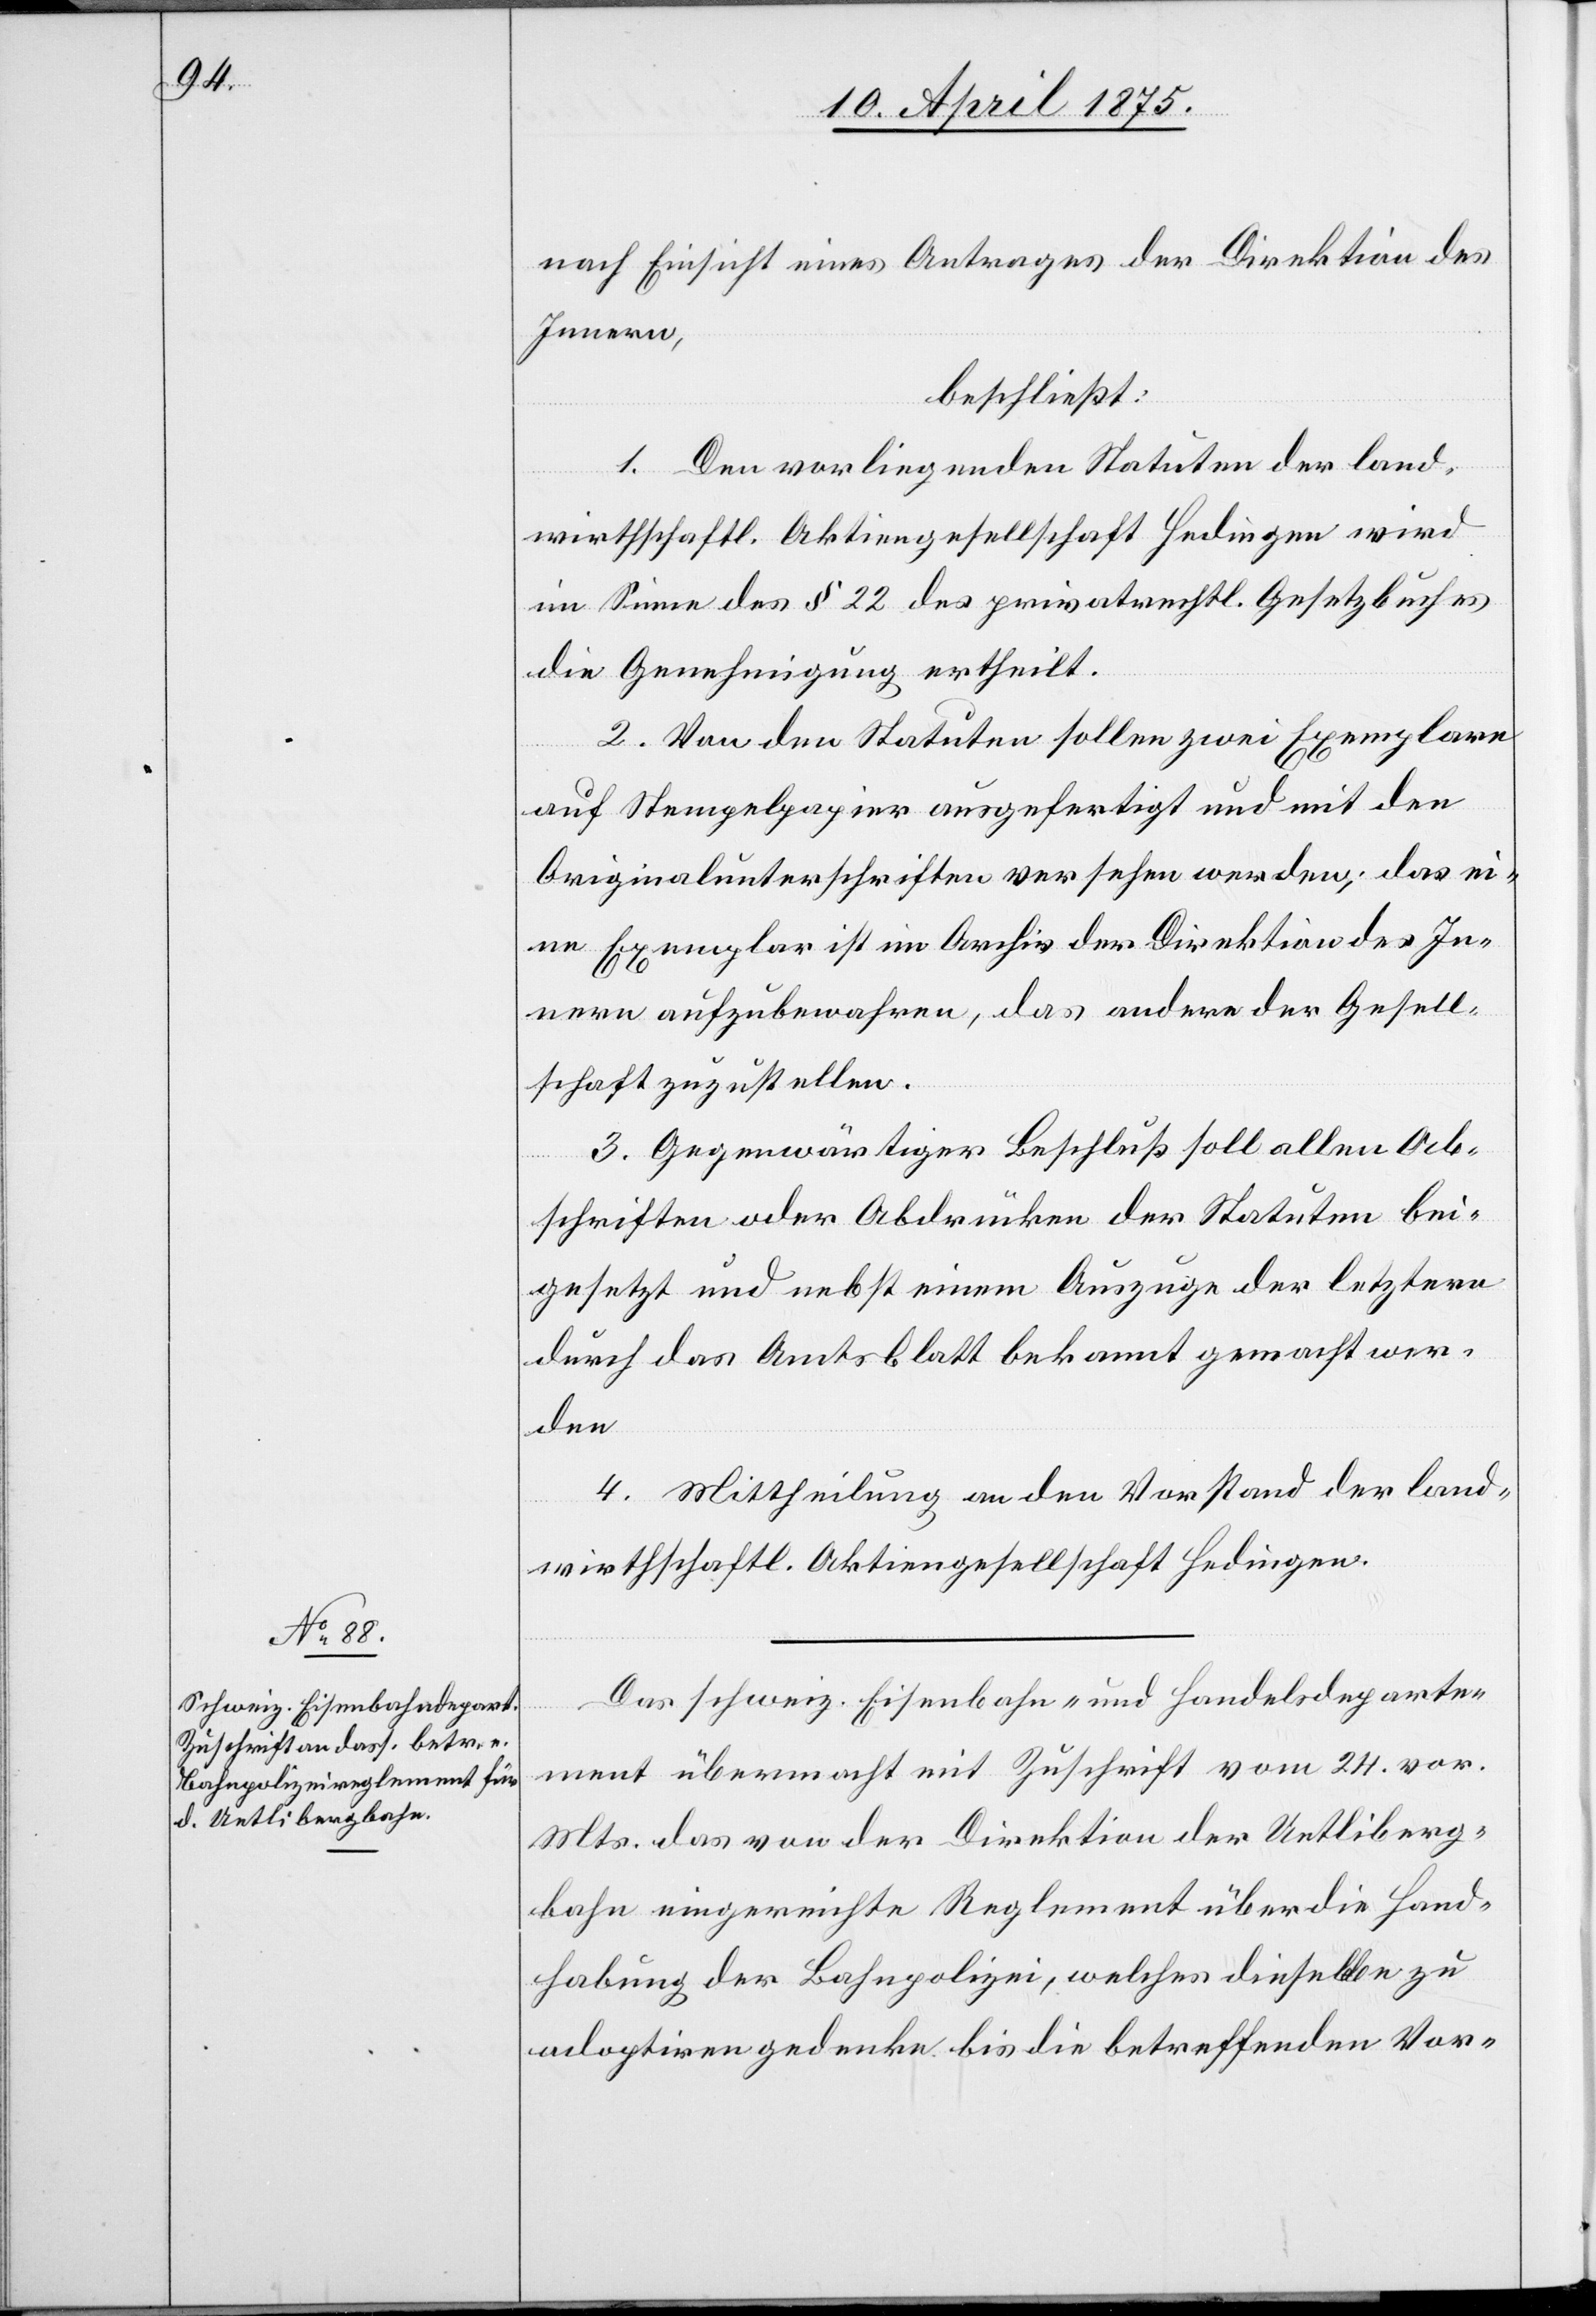
nach Einsicht eines Antrages der Direktion des
Innern,
beschließt:
1. Den vorliegenden Statuten der land¬
wirtschaftl. Aktiengesellschaft Hedingen wird
im Sinne des § 22 des privatrechtl. Gesetzbuches
die Genehmigung ertheilt.
2. Von den Statuten sollen zwei Exemplare
auf Stempelpapier ausgefertigt und mit den
Originalunterschriften versehen werden: das ei¬
ne Exemplar ist im Archiv der Direktion des In¬
nern aufzubewahren, das andere der Gesell¬
schaft zuzustellen.
3. Gegenwärtiger Beschluß soll allen Ab¬
schriften oder Abdrücken der Statuten bei¬
gesetzt und nebst einem Auszuge der letztere
durch das Amtsblatt bekannt gemacht wer¬
den.
4. Mittheilung an den Vorstand der land¬
wirtschaftl. Aktiengesellschaft Hedingen.
Das schweiz. Eisenbahn- und Handelsdeparte¬
ment übermacht mit Zuschrift vom 24. vor.
Mts. das von der Direktion der Uetliberg¬
bahn eingereichte Reglement über die Hand¬
habung der Bahnpolizei, welches dieselbe zu
adoptiren gedenke bis die betreffenden Vor-